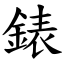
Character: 錶